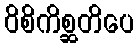
ဝိစိကိစ္ဆတိပေ